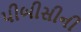
પીબીસીની